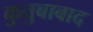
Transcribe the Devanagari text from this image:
कुतुबाबाद